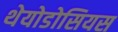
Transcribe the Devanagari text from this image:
थेयोडोसियस